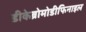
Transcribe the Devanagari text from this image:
डीकेब्रोमोडीफिनाइल